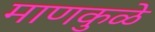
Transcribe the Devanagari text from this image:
माणकुळे